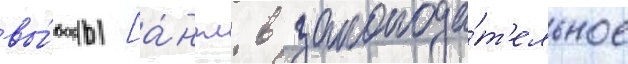
вы́боры [а́нгл. в законода́т'ельное